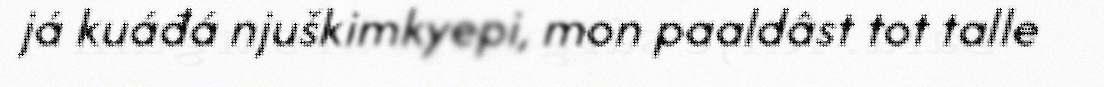
já kuáđá njuškimkyepi, mon paaldâst tot talle